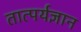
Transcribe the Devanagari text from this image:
तात्पर्यज्ञान